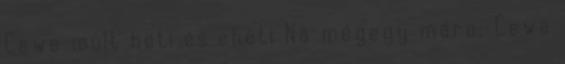
Cewe múlt heti és eheti Na mégegy mára: Cewe